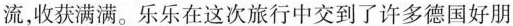
流，收获满满。乐乐在这次旅行中交到了许多德国好朋